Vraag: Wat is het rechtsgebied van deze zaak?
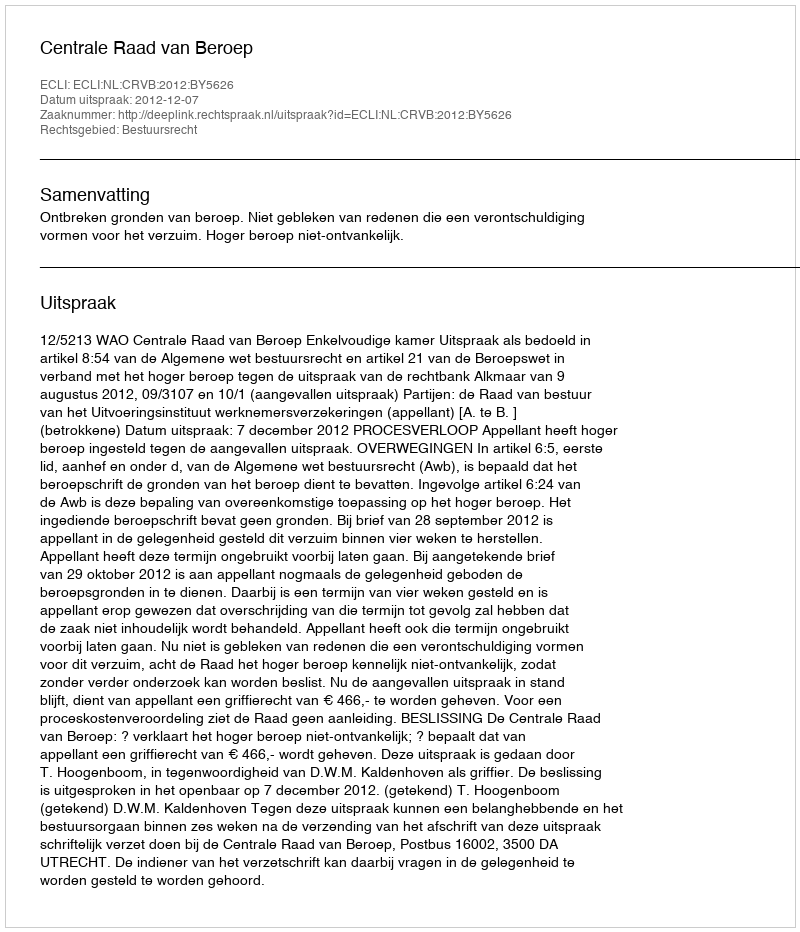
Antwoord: Bestuursrecht